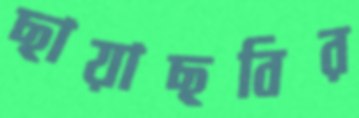
ছায়াছবির